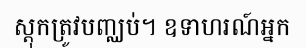
ស្តុកត្រូវបញ្ឈប់។ ឧទាហរណ៍អ្នក